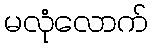
မလုံလောက်